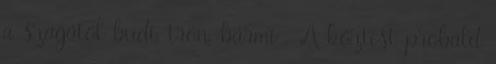
a szagától budi, trón, bármi . A köztest próbáld